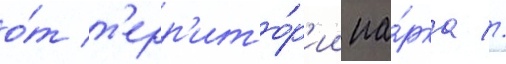
о́т т'ерр'ито́р'ии па́рка //